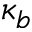
\kappa _ { b }